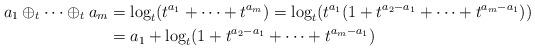
LaTeX: \begin{align*}a_1 \oplus_t \dots \oplus_t a_m & = \log_t (t^{a_1}+ \dots + t^{a_m})= \log_t (t^{a_1}(1+ t^{a_2-a_1} + \dots + t^{a_m-a_1} )) \\& = a_1 + \log_t( 1+ t^{a_2-a_1} + \dots + t^{a_m-a_1})\end{align*}